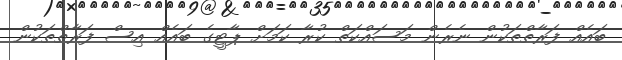
ބައެއް ފަރާތްތަކުން ނެރެން މަސައްކަތް ކުރާ ކަމަށް ޕާޓީގެ ބައެއް އިސް ފަރާތްތަކުން